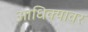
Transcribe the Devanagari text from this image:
आधिक्यावर